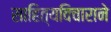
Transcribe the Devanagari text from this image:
साहित्यविचाराने